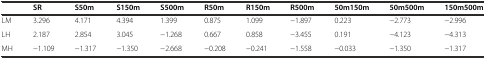
|  | SR | S50m | S150m | S500m | R50m | R150m | R500m | 50m150m | 50m500m | 150m500m |
 | --- | --- | --- | --- | --- | --- | --- | --- | --- | --- | --- |
 | LM | 3.296 | 4.171 | 4.394 | 1.399 | 0.875 | 1.099 | −1.897 | 0.223 | −2.773 | −2.996 |
 | LH | 2.187 | 2.854 | 3.045 | −1.268 | 0.667 | 0.858 | −3.455 | 0.191 | −4.123 | −4.313 |
 | MH | −1.109 | −1.317 | −1.350 | −2.668 | −0.208 | −0.241 | −1.558 | −0.033 | −1.350 | −1.317 |